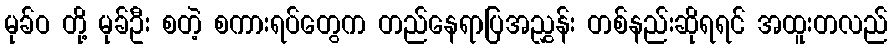
မုခ်ဝ တို့ မုခ်ဦး စတဲ့ စကားရပ်တွေက တည်နေရာပြအညွှန်း တစ်နည်းဆိုရရင် အထူးတလည်